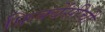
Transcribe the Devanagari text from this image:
फ्रिक्वेंसीची